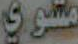
مشوي